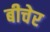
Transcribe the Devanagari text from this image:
बीचेर